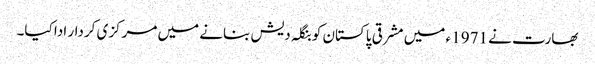
بھارت نے 1971 ء میں مشرقی پاکستان کو بنگلہ دیش بنانے میں مرکزی کردار ادا کیا۔